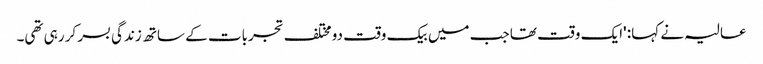
عالیہ نے کہا: 'ایک وقت تھا جب میں بیک وقت دو مختلف تجربات کے ساتھ زندگی بسر کر رہی تھی۔